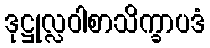
ဒုဋ္ဌုလ္လဝါစာသိက္ခာပဒံ